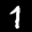
Label: 1